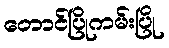
တောင်ပြိုကမ်းပြို